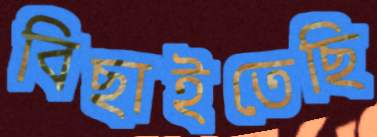
বিছাইতেছি